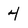
Character: 4